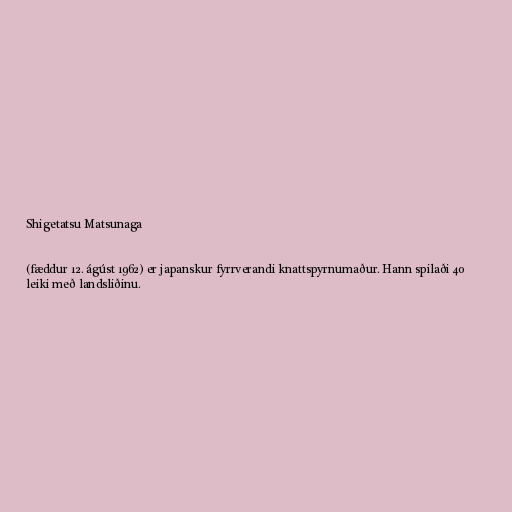
Shigetatsu Matsunaga

(fæddur 12. ágúst 1962) er japanskur fyrrverandi knattspyrnumaður. Hann spilaði 40
leiki með landsliðinu.